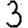
Digit: 3